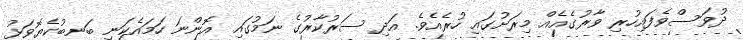
ދުވަސްވެފައިހުރި ވާރުގެއެއް މިރަށުގައި ހުރެއެވެ. އަދި ސަރުކާރުގެ ނަމުގައި އޮންނަ ހަމައެކަނި ބަނބުކެޔޮވަޅު